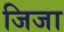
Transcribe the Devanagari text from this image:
जिजा